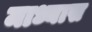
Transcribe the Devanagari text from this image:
माध्यास